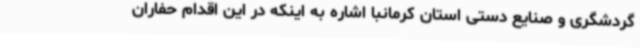
گردشگری و صنایع دستی استان کرمانبا اشاره به اینکه در این اقدام حفاران